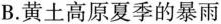
B.黄土高原夏季的暴雨